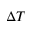
\Delta T